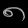
Digit: ၈